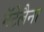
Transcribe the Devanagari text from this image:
मॅटेलैना